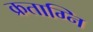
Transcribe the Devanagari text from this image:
क्रताग्नि